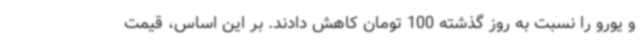
و یورو را نسبت به روز گذشته 100 تومان کاهش دادند. بر این اساس، قیمت